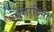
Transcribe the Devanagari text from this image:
घेरारदिनी